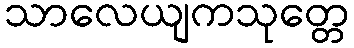
သာလေယျကသုတ္တေ